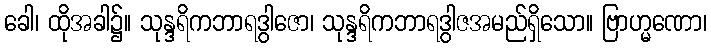
ခေါ၊ ထိုအခါ၌။ သုန္ဒရိကဘာရဒွါဇော၊ သုန္ဒရိကဘာရဒွါဇအမည်ရှိသော။ ဗြာဟ္မဏော၊